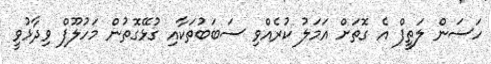
ހަސަން ލަތީފް އެެ ގޮތަށް އަމަލު ކުރެއްވި ސަބަބުތަކާއި ގުޅޭގޮތުން މަހުލޫފް ވިދާޅުވީ